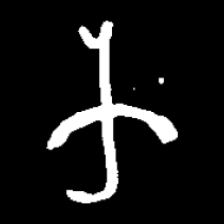
Pyu character \u2014 Myanmar letter: က (romanized: ka)